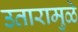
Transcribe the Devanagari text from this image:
उतारामुळे